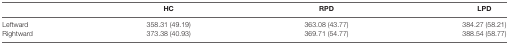
|  | HC | RPD | LPD |
 | --- | --- | --- | --- |
 | Leftward | 358.31 (49.19) | 363.08 (43.77) | 384.27 (58.21) |
 | Rightward | 373.38 (40.93) | 369.71 (54.77) | 388.54 (58.77) |